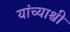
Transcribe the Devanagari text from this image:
यांच्याश्वी